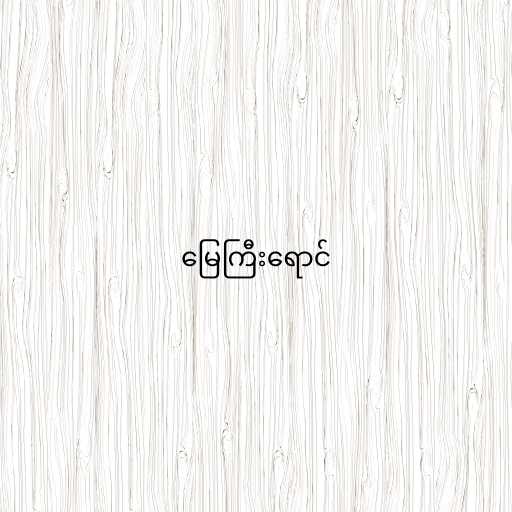
မြေကြီးရောင်